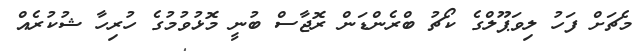
މެޗަށް ފަހު ލިވަޕޫލްގެ ކޯޗު ބްރެންޑަން ރޮޖާސް ބުނީ މޮޅުވުމުގެ ހުރިހާ ޝުކުރެއް